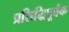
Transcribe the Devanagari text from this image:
प्रसिद्धिपूर्वक